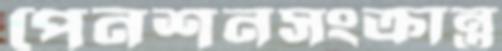
পেনশনসংক্রান্ত